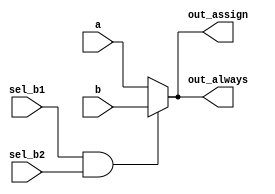
module top_module(
    input wire a,
    input wire b,
    input wire sel_b1,
    input wire sel_b2,
    output wire out_assign,
    output reg out_always
); 

    // Multiplexer logic using assign statements
    assign out_assign = (sel_b1 && sel_b2) ? b : a;

    // Multiplexer logic using an always block and if statement
    always @(*) begin
        if (sel_b1 && sel_b2)
            out_always = b;
        else
            out_always = a;
    end

endmodule